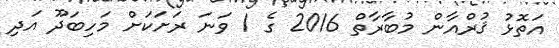
އަތޮޅު ޤުރްއާން މުބާރާތް 2016 ގެ 1 ވަނަ ރަށަކަށް މަހިބަދޫ އަދި